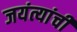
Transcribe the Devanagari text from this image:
जयंत्यांची